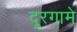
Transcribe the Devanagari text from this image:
दूरगामे